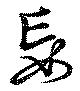
妄